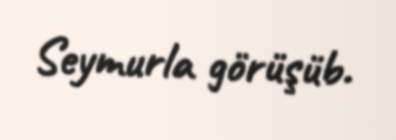
Seymurla görüşüb.